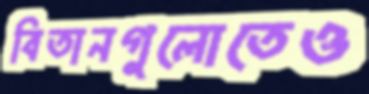
বিতানগুলোতেও